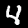
Label: 4